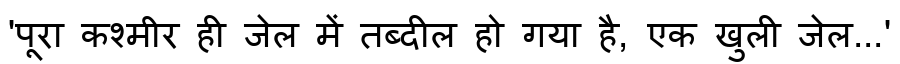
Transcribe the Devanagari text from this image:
'पूरा कश्मीर ही जेल में तब्दील हो गया है, एक खुली जेल...'